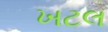
ખટલ